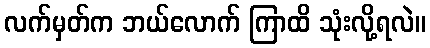
လက်မှတ်က ဘယ်လောက် ကြာထိ သုံးလို့ရလဲ။